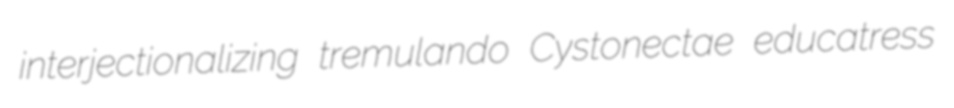
interjectionalizing tremulando Cystonectae educatress